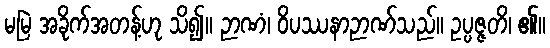
မမြဲ အခိုက်အတန့်ဟု သိ၍။ ဉာဏံ၊ ဝိပဿနာဉာဏ်သည်။ ဥပ္ပဇ္ဇတိ၊ ၏။